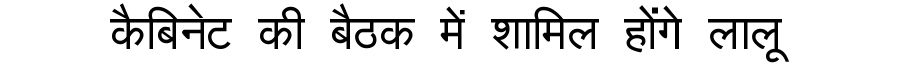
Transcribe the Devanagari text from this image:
कैबिनेट की बैठक में शामिल होंगे लालू